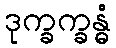
ဒုက္ခက္ခန္ဓံ